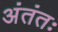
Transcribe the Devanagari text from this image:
अंतंतः